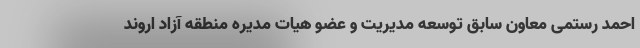
احمد رستمی‌ معاون سابق توسعه مدیریت و عضو هیات مدیره منطقه آزاد اروند